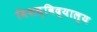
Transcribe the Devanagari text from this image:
विशव्विद्याल्य